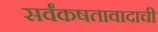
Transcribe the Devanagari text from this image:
सर्वंकषतावादाची